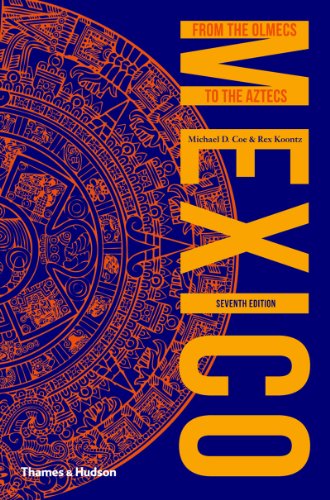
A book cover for Mexico: From the Olmecs to the Aztecs (Ancient Peoples and Places); Michael D. Coe; Science & Math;